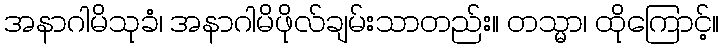
အနာဂါမိသုခံ၊ အနာဂါမိဖိုလ်ချမ်းသာတည်း။ တသ္မာ၊ ထိုကြောင့်။